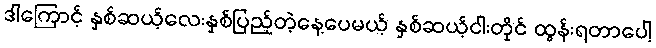
ဒါကြောင့် နှစ်ဆယ့်လေးနှစ်ပြည့်တဲ့နေ့ပေမယ့် နှစ်ဆယ့်ငါးတိုင် ထွန်းရတာပေါ့